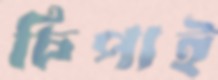
চিপাই